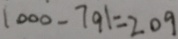
1 0 0 0 - 7 9 1 = 2 0 9